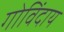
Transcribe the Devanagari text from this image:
गोविंदाय